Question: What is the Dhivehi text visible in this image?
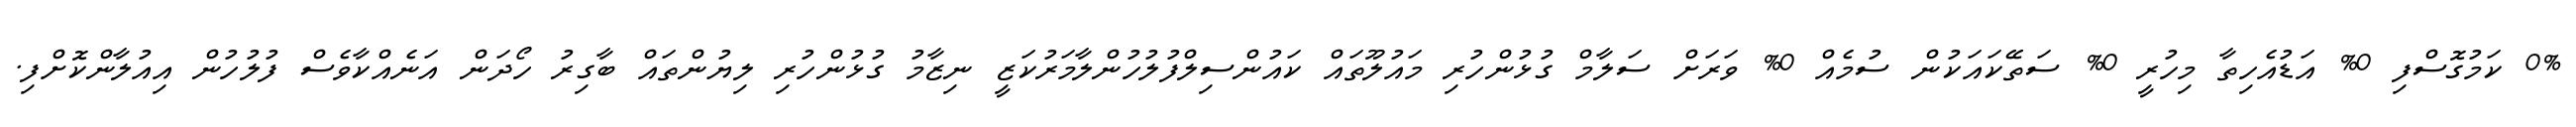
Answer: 0% ކަމުގޮސްފި 0% އަޑުއެހިތާ މިހުރީ 0% ސަތޭކައަކުން ސުމެއް 0% ވަރަށް ސަލާމް ގުޅުންހުރި މައުލޫތައް ކައުންސިލްފުލުހުންލާމަރުކަޒީ ނިޒާމު ގުޅުންހުރި ލިޔުންތައް ބާގިރު ހޯދަން އަނެއްކާވެސް ފުލުހުން އިއުލާންކޮށްފި.